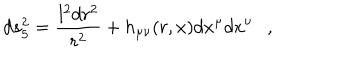
LaTeX: d s _ { 5 } ^ { 2 } = { \frac { l ^ { 2 } d r ^ { 2 } } { r ^ { 2 } } } + h _ { \mu \nu } ( r , x ) d x ^ { \mu } d x ^ { \nu } ,